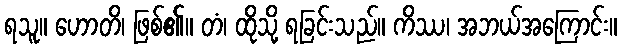
ရသူ။ ဟောတိ၊ ဖြစ်၏။ တံ၊ ထိုသို့ ရခြင်းသည်။ ကိဿ၊ အဘယ်အကြောင်း။